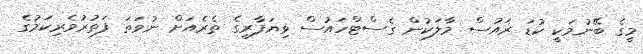
މީގެ ބޭނުމަކީ ކުޑަ ރައުސް މާލަކުން ގެސްޓްހައުސް ވިޔަފާރީގެ ތެރެއަށް ނުވަތަ ފަތުރުވެރިކަމުގެ